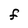
Character: F